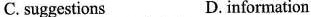
C. suggestions D.information